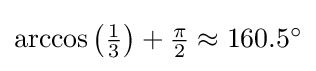
{\textstyle \arccos \left({\frac {1}{3}}\right)+{\frac {\pi }{2}}\approx 160.5^{\circ }}